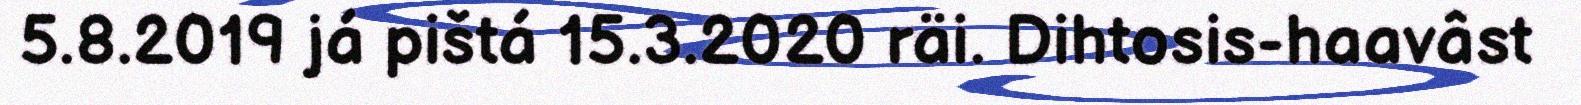
5.8.2019 já pištá 15.3.2020 räi. Dihtosis-haavâst